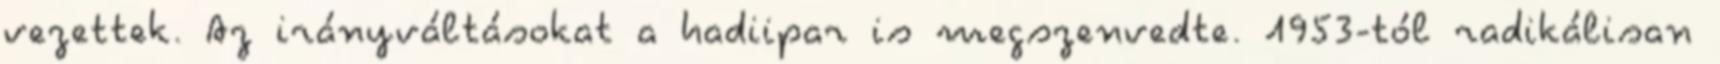
vezettek. Az irányváltásokat a hadiipar is megszenvedte. 1953-tól radikálisan